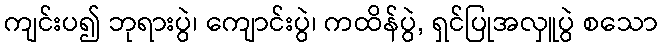
ကျင်းပ၍ ဘုရားပွဲ၊ ကျောင်းပွဲ၊ ကထိန်ပွဲ, ရှင်ပြုအလှူပွဲ စသော